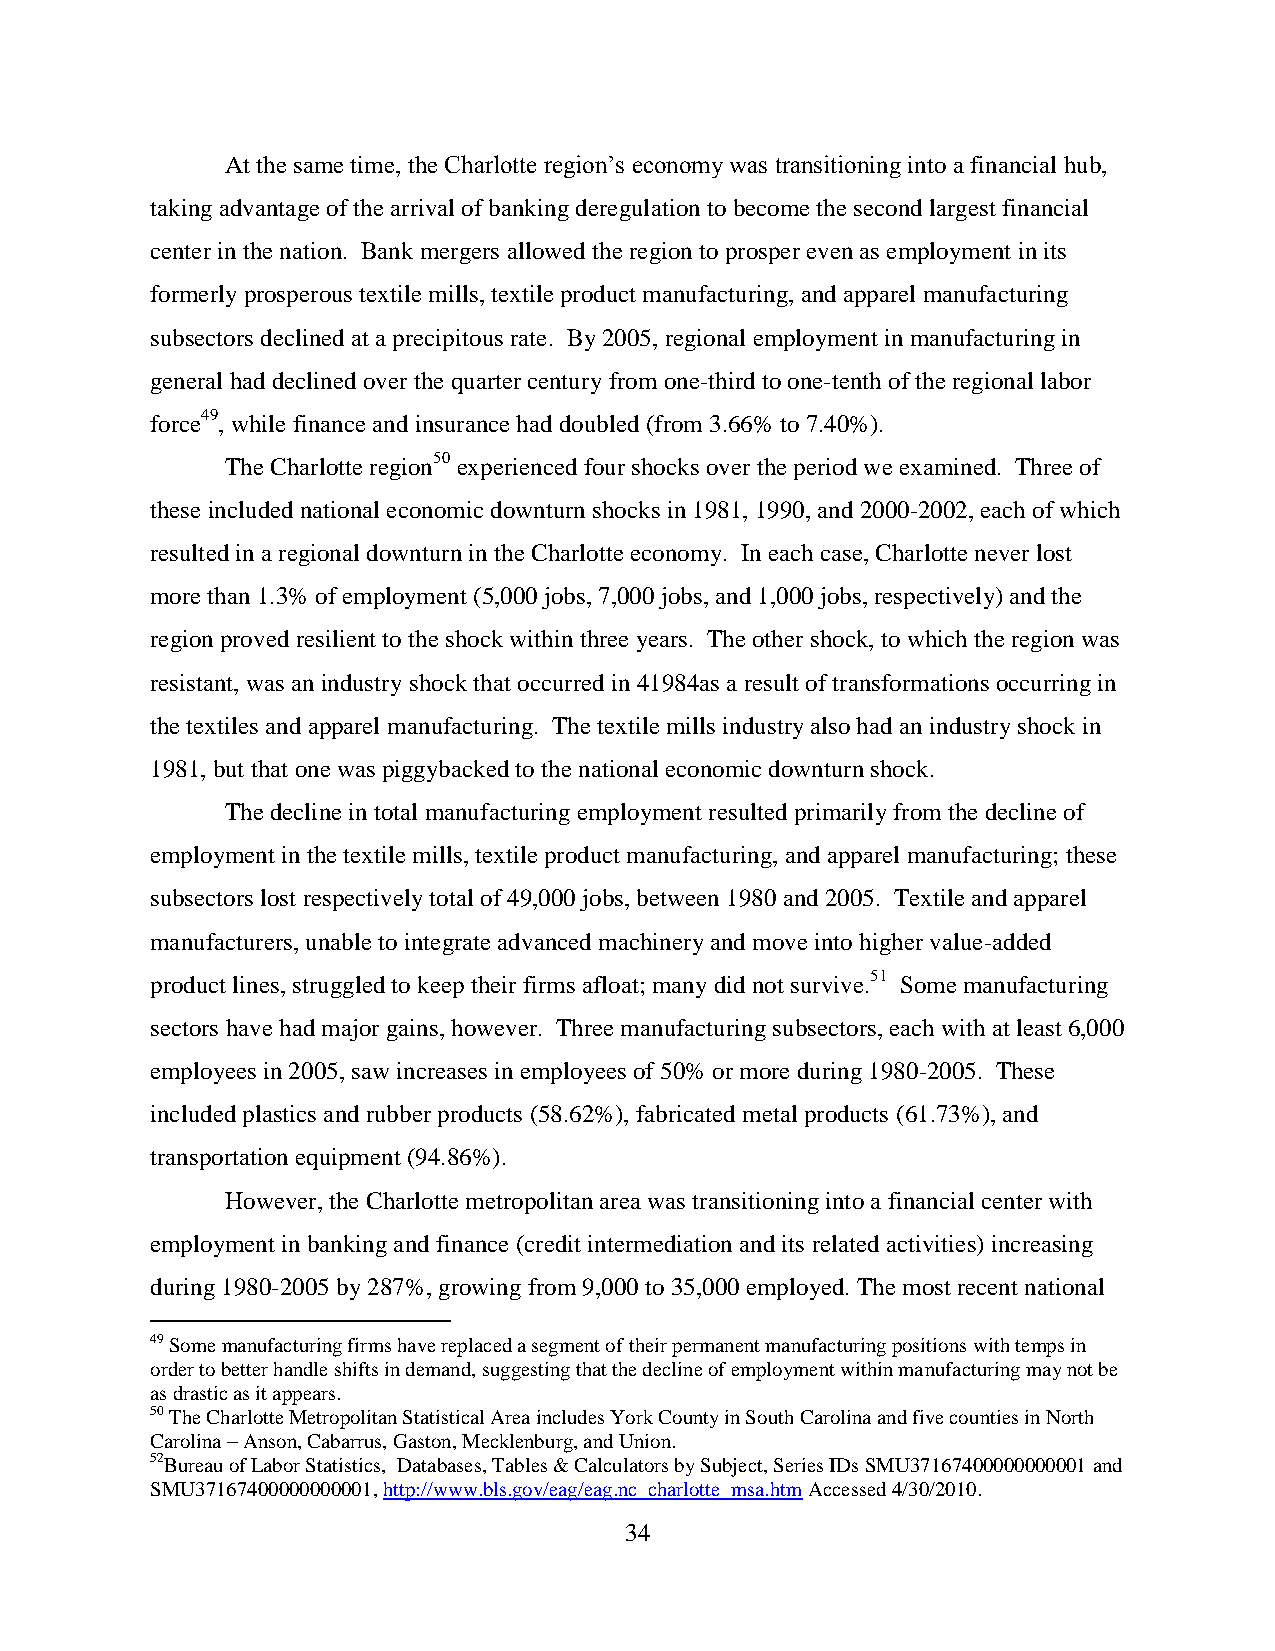
At the same time, the Charlotte region’s economy was transitioning into a financial hub,
 taking advantage of the arrival of banking deregulation to become the second largest financial
 center in the nation. Bank mergers allowed the region to prosper even as employment in its
 formerly prosperous textile mills, textile product manufacturing, and apparel manufacturing
 subsectors declined at a precipitous rate. By 2005, regional employment in manufacturing in
 general had declined over the quarter century from one-third to one-tenth of the regional labor
 force49, while finance and insurance had doubled (from 3.66% to 7.40%).
 The Charlotte region50 experienced four shocks over the period we examined. Three of
 these included national economic downturn shocks in 1981, 1990, and 2000-2002, each of which
 resulted in a regional downturn in the Charlotte economy. In each case, Charlotte never lost
 more than 1.3% of employment (5,000 jobs, 7,000 jobs, and 1,000 jobs, respectively) and the
 region proved resilient to the shock within three years. The other shock, to which the region was
 resistant, was an industry shock that occurred in 41984as a result of transformations occurring in
 the textiles and apparel manufacturing. The textile mills industry also had an industry shock in
 1981, but that one was piggybacked to the national economic downturn shock.
 The decline in total manufacturing employment resulted primarily from the decline of
 employment in the textile mills, textile product manufacturing, and apparel manufacturing; these
 subsectors lost respectively total of 49,000 jobs, between 1980 and 2005. Textile and apparel
 manufacturers, unable to integrate advanced machinery and move into higher value-added
 product lines, struggled to keep their firms afloat; many did not survive.51 Some manufacturing
 sectors have had major gains, however. Three manufacturing subsectors, each with at least 6,000
 employees in 2005, saw increases in employees of 50% or more during 1980-2005. These
 included plastics and rubber products (58.62%), fabricated metal products (61.73%), and
 transportation equipment (94.86%).
 However, the Charlotte metropolitan area was transitioning into a financial center with
 employment in banking and finance (credit intermediation and its related activities) increasing
 during 1980-2005 by 287%, growing from 9,000 to 35,000 employed. The most recent national
 49 Some manufacturing firms have replaced a segment of their permanent manufacturing positions with temps in
 order to better handle shifts in demand, suggesting that the decline of employment within manufacturing may not be
 as drastic as it appears.
 50 The Charlotte Metropolitan Statistical Area includes York County in South Carolina and five counties in North
 Carolina – Anson, Cabarrus, Gaston, Mecklenburg, and Union.
 52Bureau of Labor Statistics, Databases, Tables & Calculators by Subject, Series IDs SMU37167400000000001 and
 SMU37167400000000001, http://www.bls.gov/eag/eag.nc_charlotte_msa.htm Accessed 4/30/2010.
 34